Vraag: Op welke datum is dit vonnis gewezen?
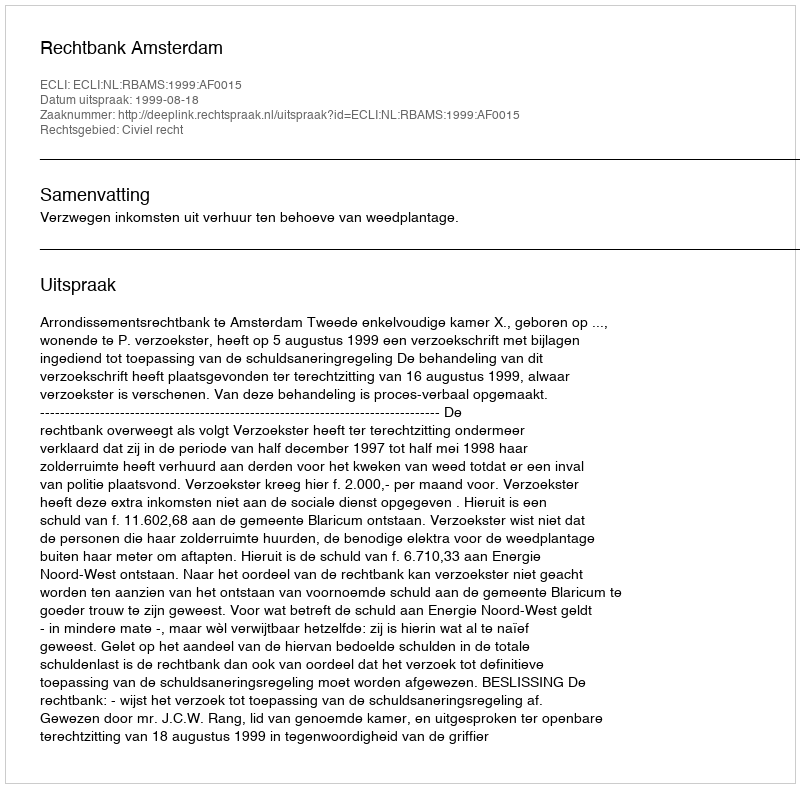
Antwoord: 1999-08-18